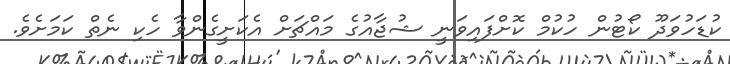
ކުޑަހުވަދޫ ކޯޓުން ހުކުމް ކޮށްފައިވަނީ ޝުޖާއުގެ މައްޗަށް އެކަށީގެންވާ ހެކި ނެތް ކަމަށެވެ.